Vital statistics of India. Vol. IV, Annual returns from 1871 to 1876. British Army of India, Native Army and jails of Bengal
Year: 1871
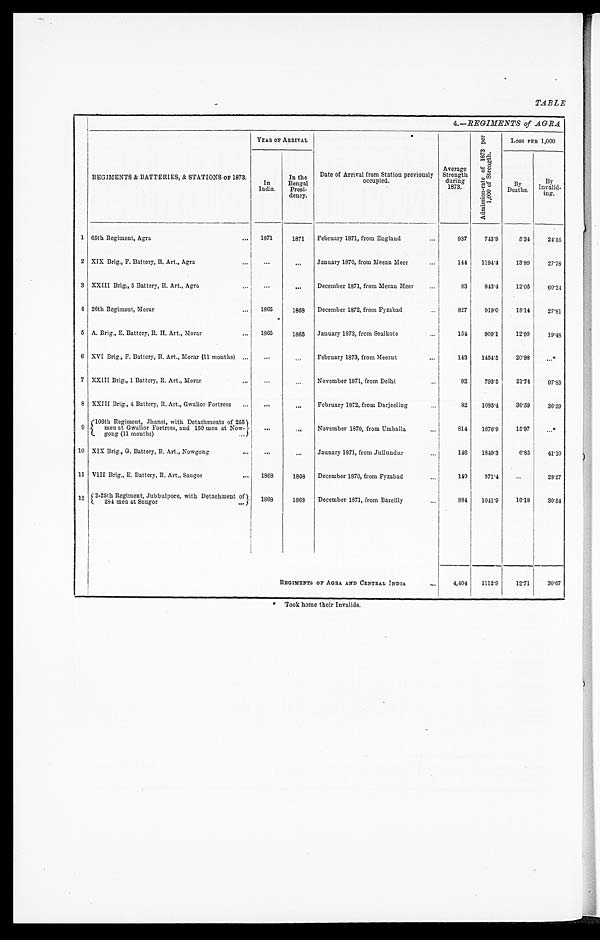
4.—REGIMENTS of AGRA
REGIMENTS & BATTERIES, & STATIONS OF 1873.
YEAR OF ARRIVAL
Date of Arrival from Station previously
occupied.
Average
Strength
during 1873.
A d m i s s i o n - r a t e o f 1 8 7 3 p e r 1 , 0 0 0 o f S t r e n g t h .
LOSS PER 1,000
In
India.
In the
Bengal
Presi-
dency
B y
Deaths.
By
Invalid-
i n g .
1 65th Regiment, Agra . . . 1871
1871
February 1871, from England . . .
937
743.9
5.34
24.55
2 XIX Brig., F. Battery, R. Art., Agra . . .
. . .
. . . January 1870, from Meean Meer . . .
144
1194.4
13.89
27.78
3 XXIII Brig., 5 Battery, R. Art., Agra . . .
. . .
. . .
December 1871, from Meean Meer . . .
83
843.4
12.05
60.24
4 26th Regiment, Morar . . .
1865
1868
December 1872, from Fyzabad . . .
827
919.0
18.14
27.81
5
A. Brig., E. Battery, R. H. Art., Morar . . .
1865
1865
January 1873, from Sealkote . . .
154
909.1
12.99
19.48
6 XVI Brig., F. Battery, R. Art., Morar (11 months) . . .
. . .
. . .
February 1873, from Meerut . . . 143
1454.5
20.98
. . .*
7 XXIII Brig., 1 Battery, R. Art., Morar . . .
. . .
. . .
November 1871, from Delhi . . .
92
793.5
21.74
97.83
8 XXIII Brig., 4 Battery, R. Art., Gwalior Fortress . . .
. . .
. . .
February 1872, from Darjeeling . . .
82
1085.4
36.59
36.59
9
106th Regiment, Jhansi, with Detachments of 255 men at Gwalior Fortress, and 150 men at Now-gong (11 months) . . .
. . .
. . .
November 1870, from Umballa . . .
814
1676.9
15.97
. . . *
10 XIX Brig., G. Battery, R. Art., Nowgong . . .
. . .
. . .
J aunar y 1871, f r om J ul l undur . . .
146
1849.3
6.85
41.10
11 VIII Brig., E. Battery, R. Art., Saugor . . .
1868
1868
December 1870, from Fyzabad . . .
140
971.4
. . .
28.57
12 2-25th Regiment, Jubbulpore, with Detachment of
284 men at Saugor . . .
1868
1868
December 1971, from Bareilly . . .
884
1041.9
10.18
30.54
REGIMENT& OF AGRA AND CENTRAL INDIA . . .
4,404
1112.9
12.71
30.67
* Took home their Invalids.